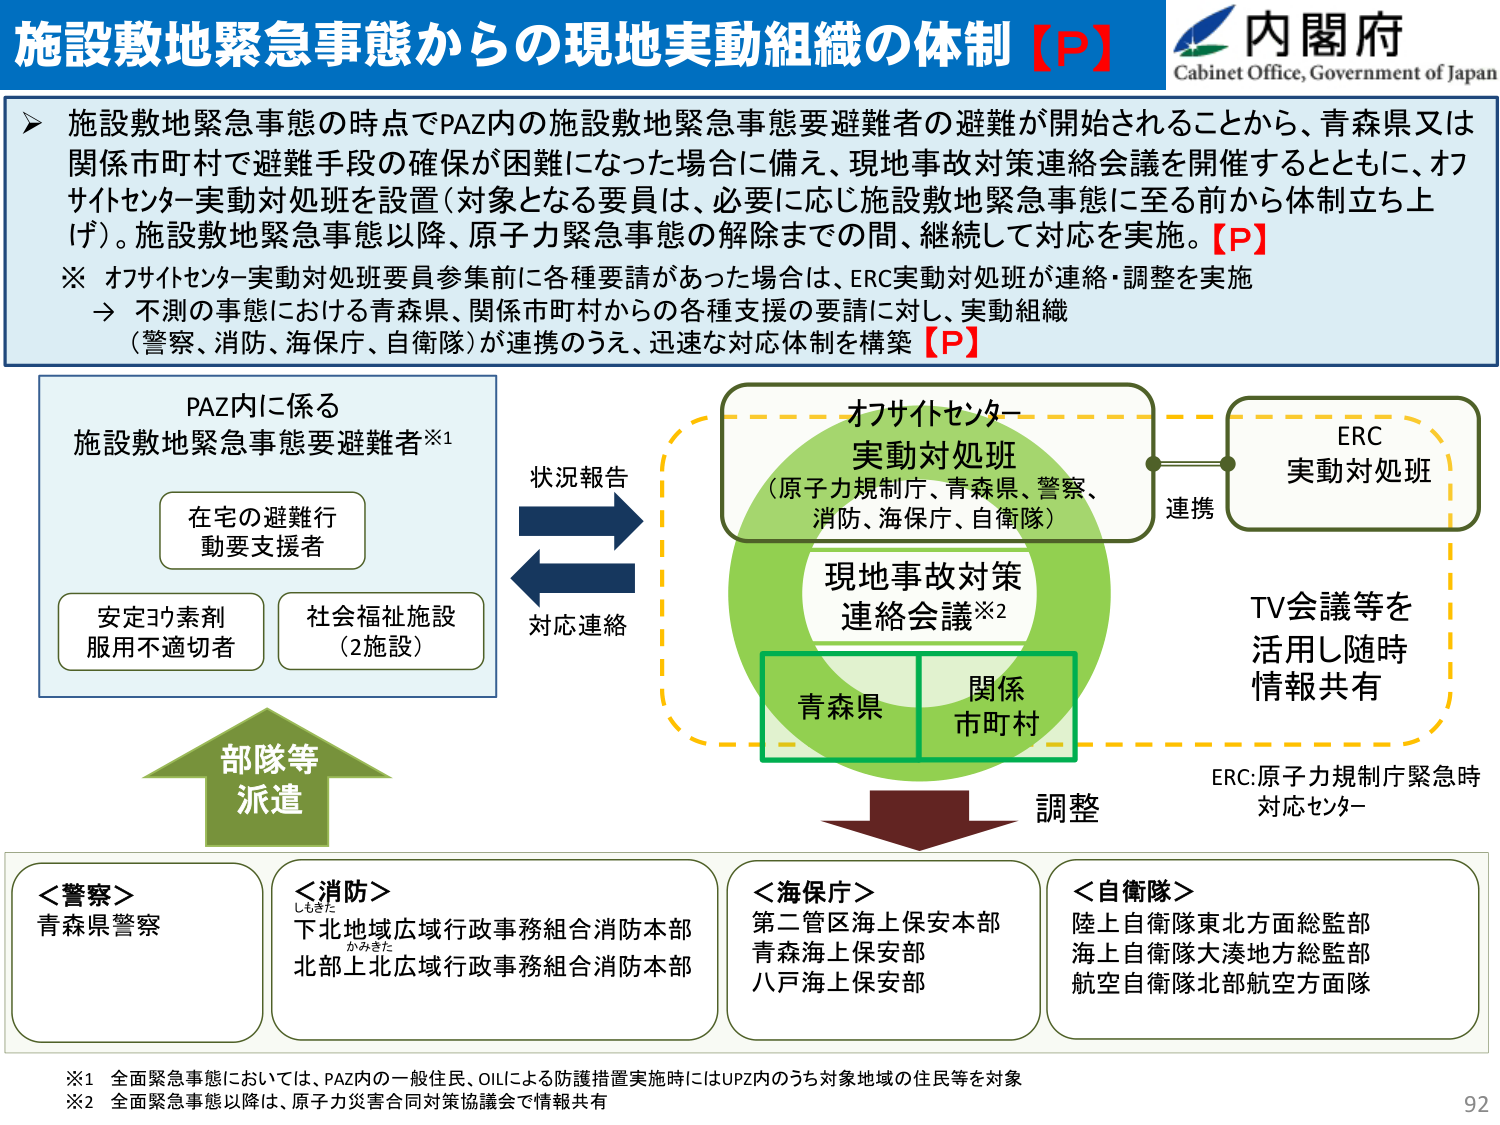
施設敷地緊急事態からの現地実動組織の体制【P】
内閣府
Cabinet Office, Government of Japan
施設敷地緊急事態の時点でPAZ内の施設敷地緊急事態要避難者の避難が開始されることから、青森県又は
関係市町村で避難手段の確保が困難になった場合に備え、現地事故対策連絡会議を開催するとともに、オフ
サイトセンター実動対処班を設置（対象となる要員は、必要に応じ施設敷地緊急事態に至る前から体制立ち上
げ）。施設敷地緊急事態以降、原子力緊急事態の解除までの間、継続して対応を実施。【P】
※ オフサイトセンター実動対処班要員参集前に各種要請があった場合は、ERC実動対処班が連携・調整を実施
→ 不測の事態における青森県、関係市町村からの各種支援の要請に対し、実動組織
（警察、消防、海保庁、自衛隊）が連携のうえ、迅速な対応体制を構築【P】
PAZ内に係る
施設敷地緊急事態要避難者※1
在宅の避難行
動要支援者
安定ヨウ素剤
服用不適切者
社会福祉施設
（2施設）
状況報告
対応連絡
オフサイトセンター
実動対処班
（原子力規制庁、青森県、警察、
消防、海保庁、自衛隊）
現地事故対策
連絡会議※2
青森県
関係
市町村
ERC
実動対処班
連携
TV会議等を
活用し随時
情報共有
ERC:原子力規制庁緊急時
対応センター
調整
部隊等
派遣
＜警察＞
青森県警察
＜消防＞
下北地域広域行政事務組合消防本部
北部上北広域行政事務組合消防本部
＜海保庁＞
第二管区海上保安本部
青森海上保安部
八戸海上保安部
＜自衛隊＞
陸上自衛隊東北方面総監部
海上自衛隊大湊地方総監部
航空自衛隊北部航空方面隊
※1 全面緊急事態においては、PAZ内の一般住民、OILによる防護措置実施時にはUPZ内のうち対象地域の住民等を対象
※2 全面緊急事態以降は、原子力災害合同対策協議会で情報共有
92